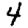
Digit: 4